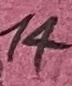
Text: 14